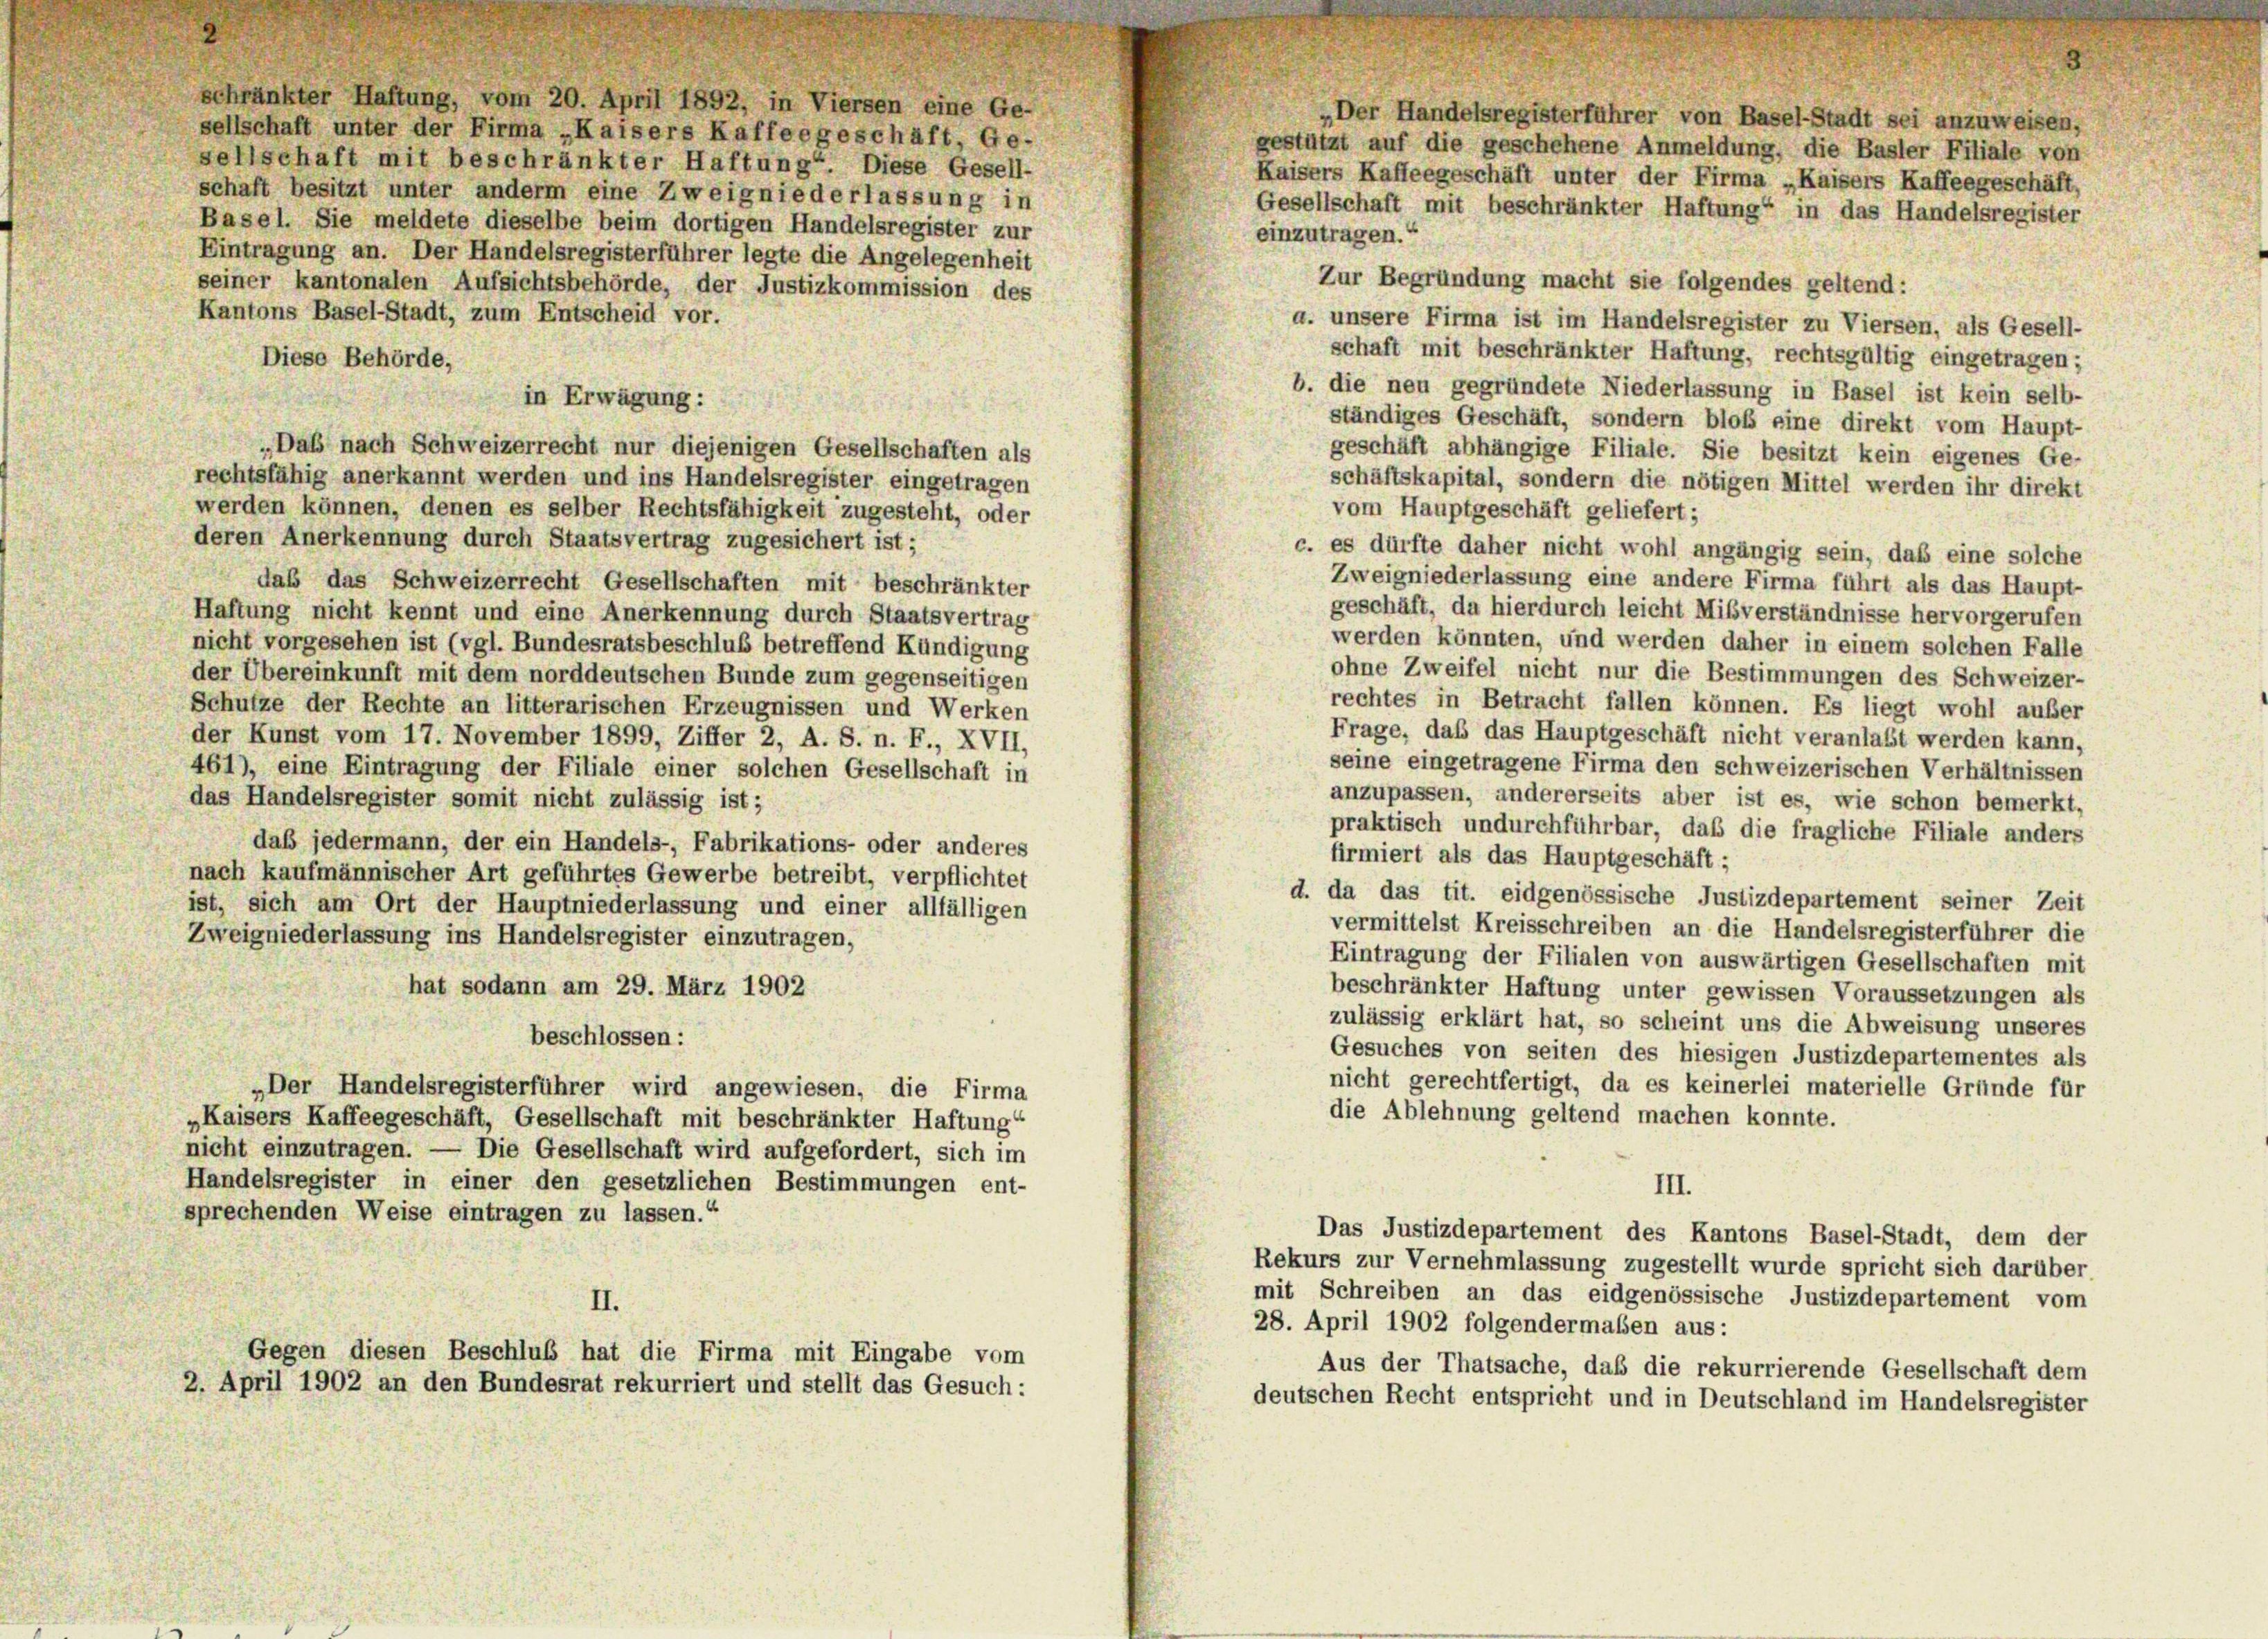
schränkter Haftung, vom 20. April 1892, in Viersen eine Ge-
sellschaft unter der Firma „Kaisers Kaffeegeschäft, Ge-
sellschaft mit beschränkter Haftung“. Diese Gesell-
schaft besitzt unter anderm eine Zweigniederlassung in
Basel. Sie meldete dieselbe beim dortigen Handelsregister zur
Eintragung an. Der Handelsregisterführer legte die Angelegenheit
seiner kantonalen Aufsichtsbehörde, der Justizkommission des
Kantons Basel-Stadt, zum Entscheid vor.
a. unsere Firma ist im Handelsregister zu Viersen, als Gesell-
schaft mit beschränkter Haftung, rechtsgültig eingetragen;
Diese Behörde,
b. die neu gegründete Niederlassung in Basel ist kein selb
in Erwägung:
ständiges Geschäft, sondern bloß eine direkt vom Haupt
„Daß nach Schweizerrecht nur diejenigen Gesellschaften als
geschäft abhängige Filiale. Sie besitzt kein eigenes Ge-
rechtsfähig anerkannt werden und ins Handelsregister eingetragen
schäftskapital, sondern die nötigen Mittel werden ihr direk
werden können, denen es selber Rechtsfähigkeit zugesteht, oder
vom Hauptgeschäft geliefert;
deren Anerkennung durch Staatsvertrag zugesichert ist;
c. es dürfte daher nicht wohl angängig sein, daß eine solche
Zweigniederlassung eine andere Firma führt als das Haupt-
das das Schweizerrecht Gesellschaften mit beschränkter
geschäft, da hierdurch leicht Mißverständnisse hervorgerufen
Haftung nicht kennt und eine Anerkennung durch Staatsvertrag
werden könnten, und werden daher in einem solchen Falle
nicht vorgesehen ist (vgl. Bundesratsbeschluß betreffend Kündigung
ohne Zweifel nicht nur die Bestimmungen des Schweizer-
der Übereinkunft mit dem norddeutschen Bunde zum gegenseitigen
rechtes in Betracht fallen können. Es liegt wohl außer
Schutze der Rechte an litterarischen Erzeugnissen und Werken
Frage, daß das Hauptgeschäft nicht veranlaßt werden kann
der Kunst vom 17. November 1899, Ziffer 2, A. S. n. F., XVII,
seine eingetragene Firma den schweizerischen Verhältnisser
461), eine Eintragung der Filiale einer solchen Gesellschaft in
anzupassen, andererseits aber ist es, wie schon bemerkt,
das Handelsregister somit nicht zulässig ist;
praktisch undurchführbar, daß die fragliche Filiale anders
daß jedermann, der ein Handels-, Fabrikations- oder anderes
firmiert als das Hauptgeschäft ;
nach kaufmännischer Art geführtes Gewerbe betreibt, verpflichtet
d. da das tit. eidgenössische Justizdepartement seiner Zeit
ist, sich am Ort der Hauptniederlassung und einer allfälligen
vermittelst Kreisschreiben an die Handelsregisterführer die
Zweigniederlassung ins Handelsregister einzutragen,
Eintragung der Filialen von auswärtigen Gesellschaften mi
hat sodann am 29. März 1902
beschränkter Haftung unter gewissen Voraussetzungen als
zulässig erklärt hat, so scheint uns die Abweisung unseres
beschlossen:
Gesuches von seiten des hiesigen Justizdepartementes als
nicht gerechtfertigt, da es keinerlei materielle Gründe fü
„Der Handelsregisterführer wird angewiesen, die Firma
die Ablehnung geltend machen konnte.
„Kaisers Kaffeegeschäft, Gesellschaft mit beschränkter Haftung
nicht einzutragen. — Die Gesellschaft wird aufgefordert, sich im
Handelsregister in einer den gesetzlichen Bestimmungen ent-
III.
sprechenden Weise eintragen zu lassen.“
Das Justizdepartement des Kantons Basel-Stadt, dem der
Rekurs zur Vernehmlassung zugestellt wurde spricht sich darüber
mit Schreiben an das eidgenössische Justizdepartement von
II.
28. April 1902 folgendermaßen aus:
Gegen diesen Beschluß hat die Firma mit Eingabe vom
Aus der Thatsache, daß die rekurrierende Gesellschaft den
2. April 1902 an den Bundesrat rekurriert und stellt das Gesuch:
deutschen Recht entspricht und in Deutschland im Handelsregister

„Der Handelsregisterführer von Basel-Stadt sei anzuweisen,
gestützt auf die geschehene Anmeldung, die Basler Filiale von
Kaisers Kaffeegeschäft unter der Firma „Kaisers Kaffeegeschäft,
Gesellschaft mit beschränkter Haftung“ in das Handelsregister
einzutragen.“
Zur Begründung macht sie folgendes geltend: